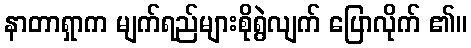
နာတာရှာက မျက်ရည်များစိုရွဲလျက် ပြောလိုက် ၏။